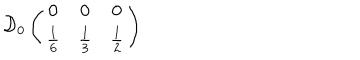
\mathcal { D } _ { 0 } \left( \begin{array} { c c c } { { 0 } } & { { 0 } } & { { 0 } } \\ { { \frac { 1 } { 6 } } } & { { \frac { 1 } { 3 } } } & { { \frac { 1 } { 2 } } } \\ \end{array} \right)